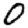
Digit: 0